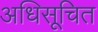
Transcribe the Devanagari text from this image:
अधिसूचित